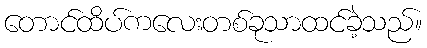
တောင်ထိပ်ကလေးတစ်ခုသာထင်ခဲ့သည်။